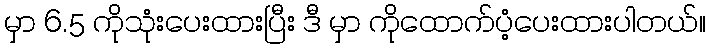
မှာ 6.5 ကိုသုံးပေးထားပြီး ဒီ မှာ ကိုထောက်ပံ့ပေးထားပါတယ်။